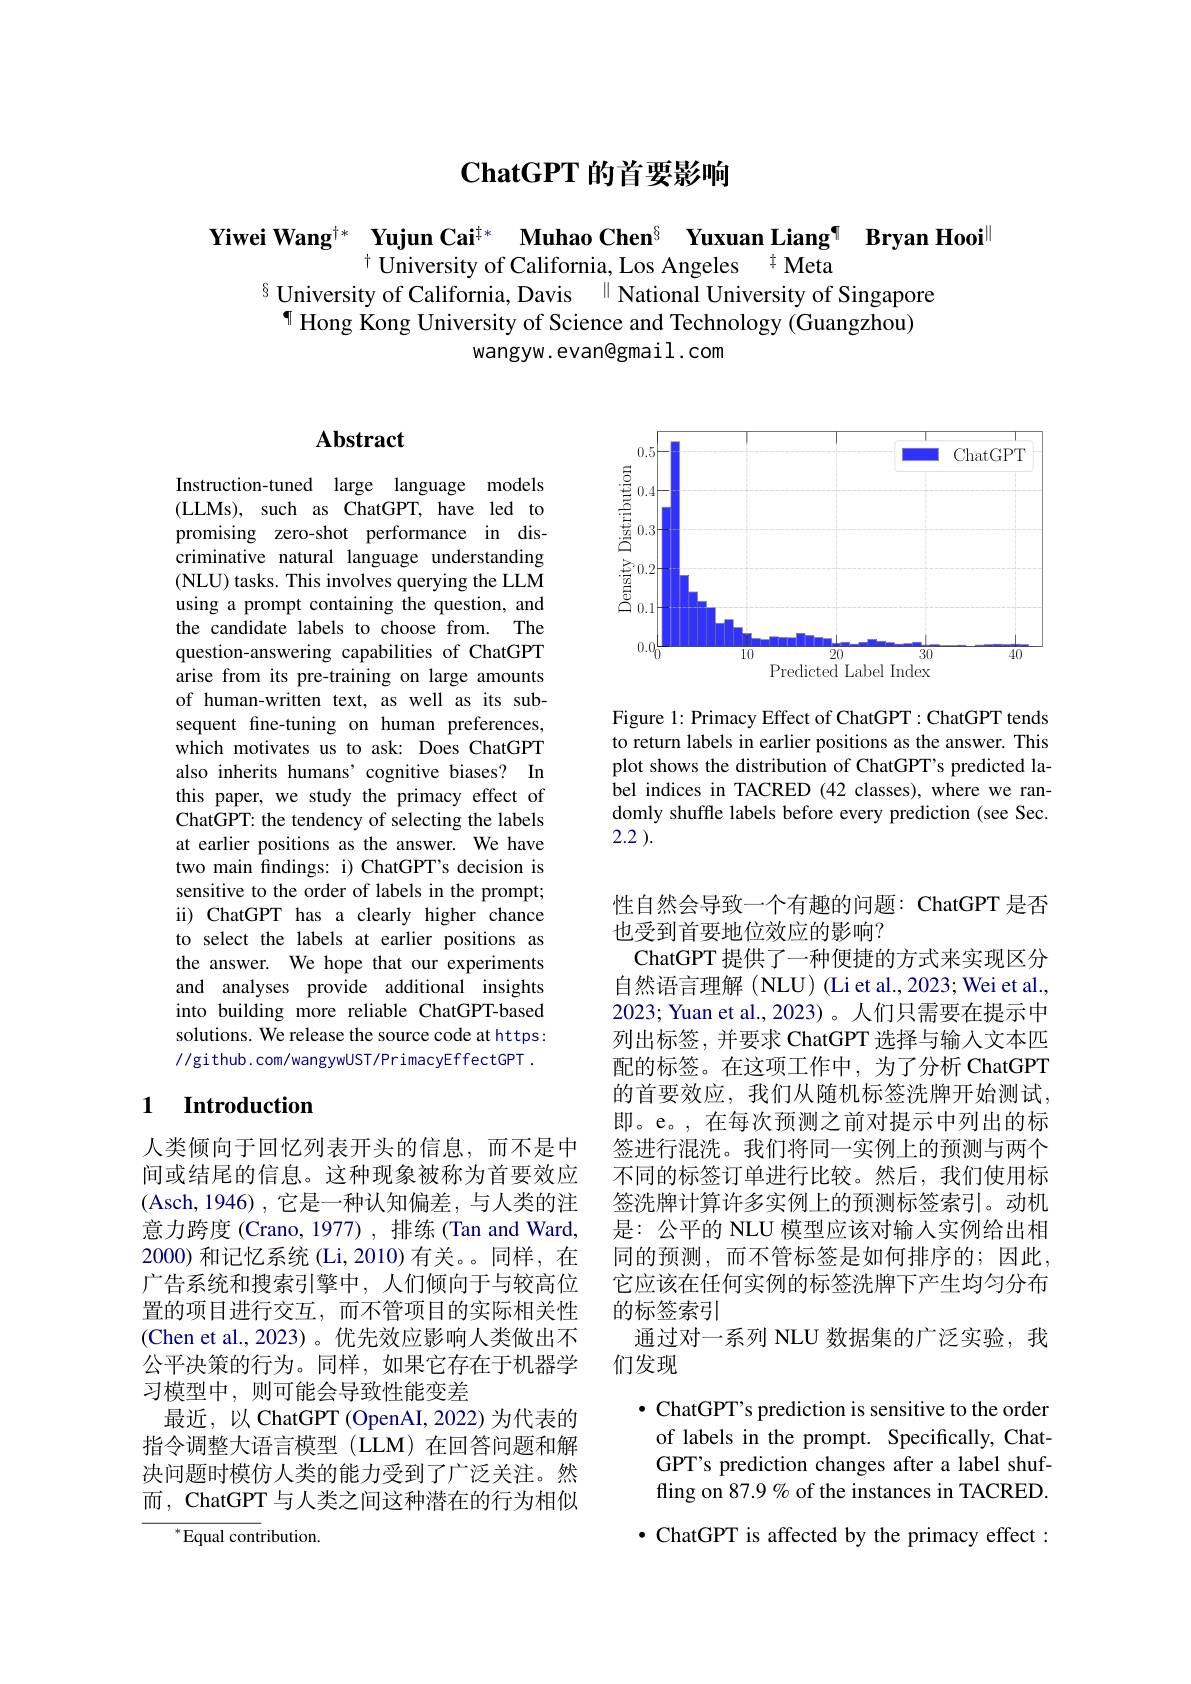
# $\textbf{ChatGPT 的 首 要 影 响 }$

$\begin{array}{c}\textbf{Yiwei Wang}^{\dagger*}&\textbf{Yujun Cai}^{\dagger*}&\textbf{Muhao Chen}^{6}&\textbf{Yuxuan Liang¶}&\text{Bryan Hooi}\\&^{\dagger}&\text{University of California, Los Angeles}^{\dagger}\text{Meta}\end{array}$
$^{6}$ University of California, Davis $^{\parallel}$National University of Singapore
$^{\P}$ Hong Kong University of Science and Technology (Guangzhou)
wangyw. evan@gmail . com

# Abstract

Instruction-tuned large language models (LLMs), such as ChatGPT, have led to promising zero-shot performance in discriminative natural language understanding (NLU) tasks. This involves querying the LLM using a prompt containing the question, and the candidate labels to choose from. The question-answering capabilities of ChatGPT arise from its pre-training on large amounts of human-written text, as well as its subsequent fine-tuning on human preferences, which motivates us to ask: Does ChatGPT also inherits humans' cognitive biases? In this paper, we study the primacy effect of ChatGPT: the tendency of selecting the labels at earlier positions as the answer. We have two main findings: i) ChatGPT's decision is sensitive to the order of labels in the prompt; ii) ChatGPT has a clearly higher chance to select the labels at earlier positions as the answer. We hope that our experiments and analyses provide additional insights into building more reliable ChatGPT-based solutions. We release the source code at https: //github.com/wangywUST/PrimacyEffectGPT.

### 1 $\textbf{Introduction}$

人类倾向于回忆列表开头的信息，而不是中间或结尾的信息。这种现象被称为首要效应(Asch,1946),它是一种认知偏差，与人类的注意力跨度 (Crano, 1977) , 排练 (Tan and Ward, 2000)和记忆系统 (Li,2010)有关。同样，在广告系统和搜索引擎中，人们倾向于与较高位置的项目进行交互，而不管项目的实际相关性(Chen et al., 2023)。优先效应影响人类做出不公平决策的行为。同样，如果它存在于机器学习模型中，则可能会导致性能变差
最近，以 ChatGPT (OpenAI, 2022) 为代表的指令调整大语言模型(LLM)在回答问题和解决问题时模仿人类的能力受到了广泛关注。然而，ChatGPT 与人类之间这种潜在的行为相似

$^{*}$Equal contribution.

<FigureHere>

Figure 1: Primacy Effect of ChatGPT: ChatGPT tends to return labels in earlier positions as the answer. This plot shows the distribution of ChatGPT's predicted label indices in TACRED (42 classes), where we randomly shuffle labels before every prediction (see Sec. 2.2 ).

性自然会导致一个有趣的问题：ChatGPT 是否
也受到首要地位效应的影响？
ChatGPT 提供了一种便捷的方式来实现区分自然语言理解(NLU)(Liet al.,2023; Wei et al. 2023; Yuan et al., 2023) 。人们只需要在提示中列出标签，并要求 ChatGPT 选择与输入文本四配的标签。在这项工作中，为了分析 ChatGPT 的首要效应，我们从随机标签洗牌开始测试， 即。e。,在每次预测之前对提示中列出的标签进行混洗。我们将同一实例上的预测与两个不同的标签订单进行比较。然后，我们使用标签洗牌计算许多实例上的预测标签索引。动机是：公平的 NLU 模型应该对输人实例给出相同的预测，而不管标签是如何排序的；因此， 它应该在任何实例的标签洗牌下产生均匀分布的标签索引
通过对一系列 NLU 数据集的广泛实验，我
们发现
$\bullet$ ChatGPT's prediction is sensitive to the order of labels in the prompt. Specifically, ChatGPT's prediction changes after a label shuffling on 87.9% of the instances in TACRED
$\bullet$ ChatGPT is affected by the primacy effect :